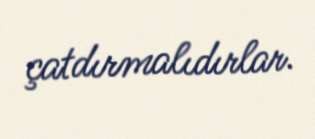
çatdırmalıdırlar.